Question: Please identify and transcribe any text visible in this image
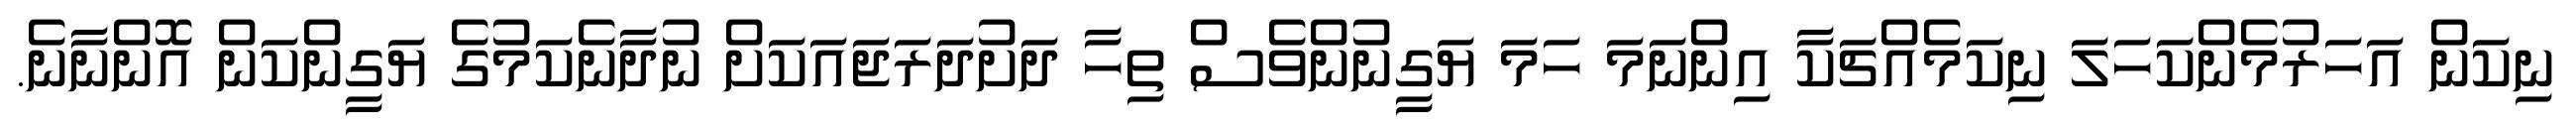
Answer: ނިކަން އަހަރުމެންކަހަލަ ނިކަމެއްޗަކާ އިންނަމަ ހަމަ ޔަގީނުންވެސް ތިހާ ދަށުދަރަޖައަކަށް ނުދާނެކަމުގެ ޔަގީންކަން އޮންނާނެ.